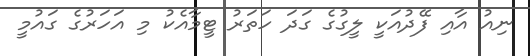
ނިއު އާއި ފޭދުއަކީ ލީގުގެ ގަދަ ހަތަރު ޓީމާއެކު މި އަހަރުގެ ގައުމީ